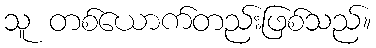
သူ တစ်ယောက်တည်းဖြစ်သည်။